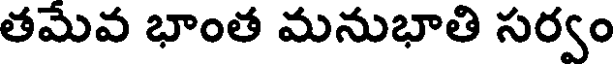
తమేవ భాంత మనుభాతి సర్వం